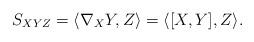
LaTeX: \begin{align*} S_{XYZ} = \langle \nabla_{X}Y,Z\rangle = \langle [X,Y],Z\rangle. \end{align*}